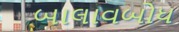
બાલાવબોધ